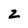
Character: 2